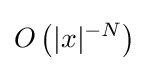
O\left(|x|^{-N}\right)